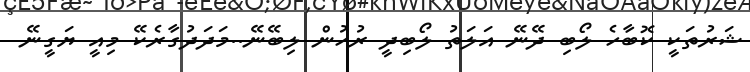
ޝަރުތަކީ ކޮބާހެ ލޯބި ދޭނޭ އަލަތު ލޯބިދީ ރުހުން ލިބޭނޭ..މަދަދުގާރެކޭ މިއީ ޔަގީނޭ